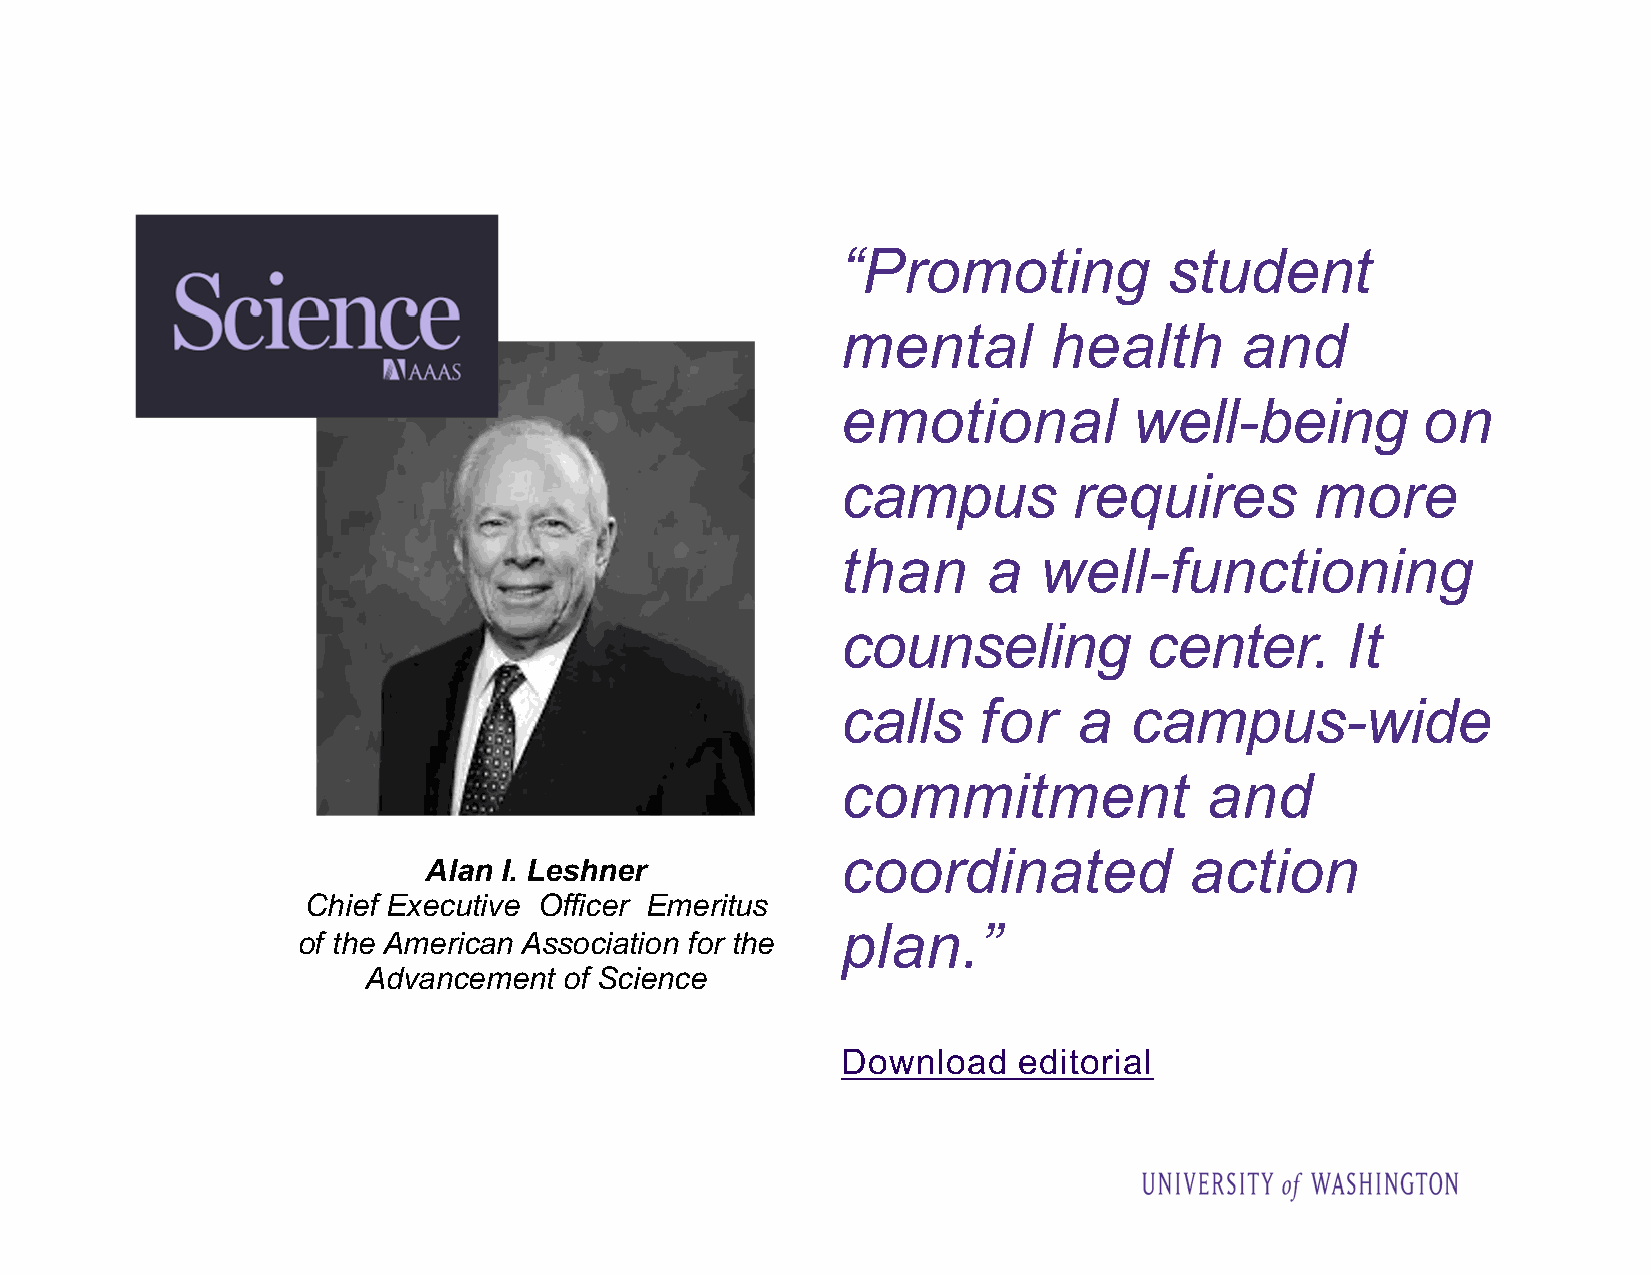
“Promoting           student
 mental       health       and
 emotional          well-being         on
 campus         requires        more
 than     a   well-functioning
 counseling          center.      It
 calls    for   a   campus-wide
 commitment              and
 coordinated            action
 Alan I. Leshner
 Chief Executive Officer Emeritus
 plan.”
 of the American Association for the
 Advancement  of Science
 Download   editorial